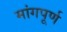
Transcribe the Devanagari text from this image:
मांगपूर्ण